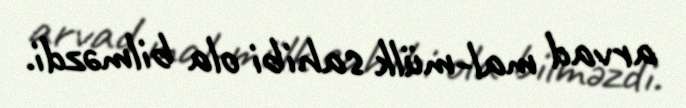
arvad mal-mülk sahibi ola bilməzdi.